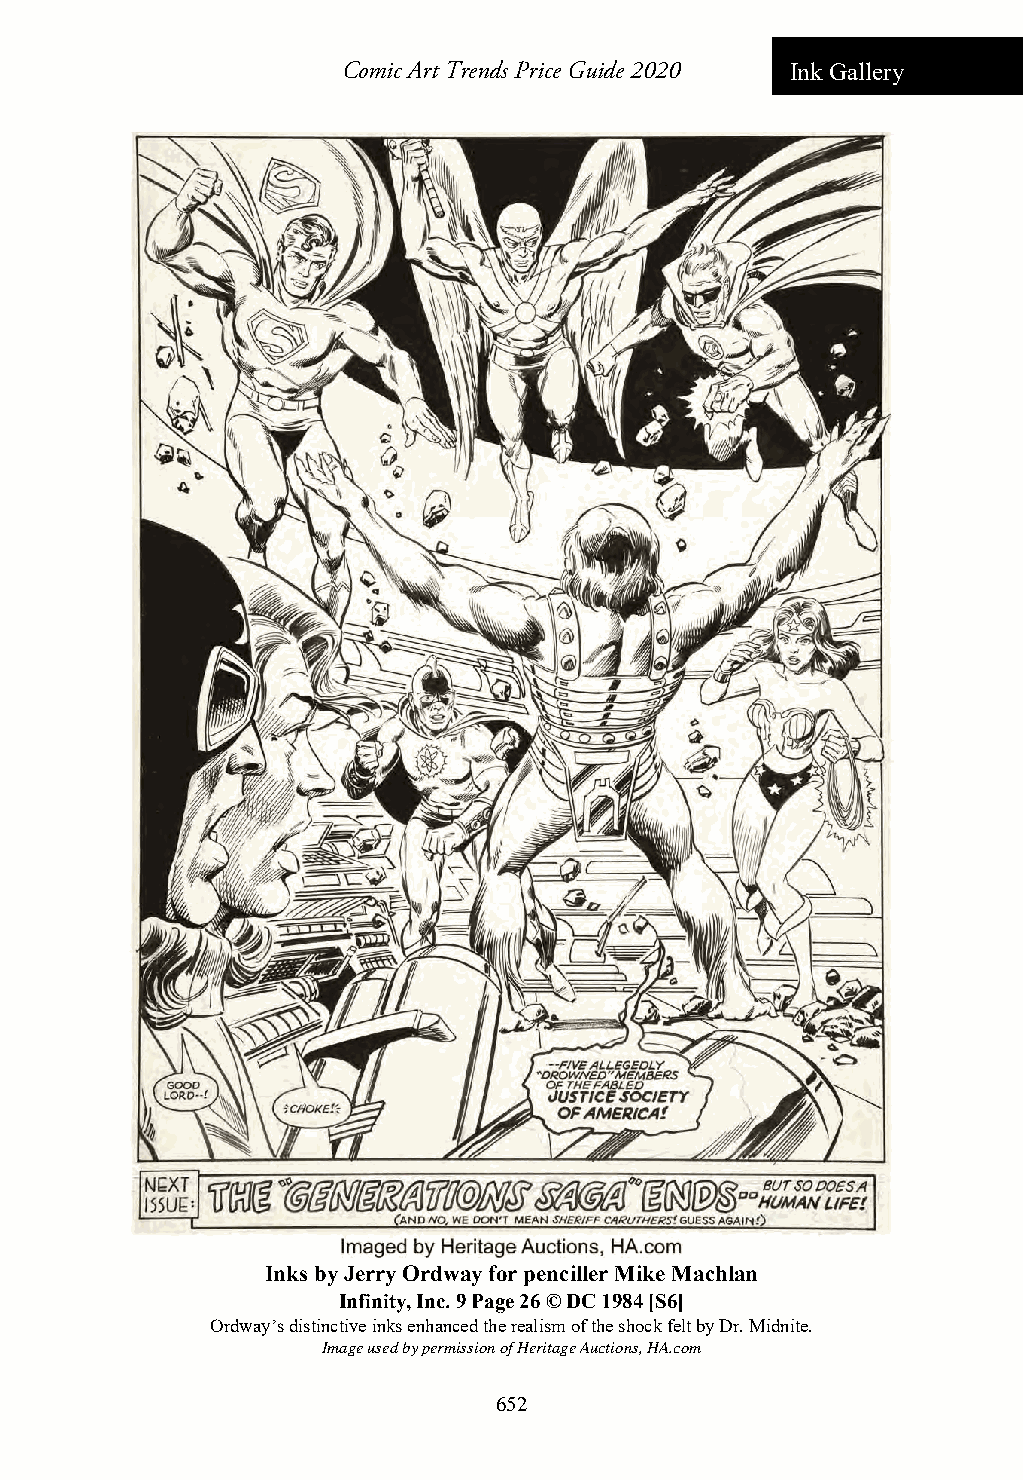
Comic Art Trends Price Guide 2020 Ink Gallery
 Inks by Jerry Ordway for penciller Mike Machlan
 Infinity, Inc. 9 Page 26 © DC 1984 [S6]
 Ordway’s distinctive inks enhanced the realism of the shock felt by Dr. Midnite.
 Image used by permission of Heritage Auctions, HA.com
 652